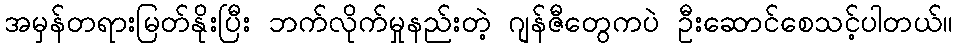
အမှန်တရားမြတ်နိုးပြီး ဘက်လိုက်မှုနည်းတဲ့ ဂျန်ဇီတွေကပဲ ဦးဆောင်စေသင့်ပါတယ်။